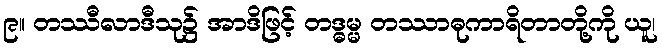
၉။ တဿီလာဒီသု၌ အာဒိဖြင့် တဒ္ဓမ္မ တဿာဓုကာရိတာတို့ကို ယူ၊